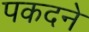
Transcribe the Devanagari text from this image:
पकदने